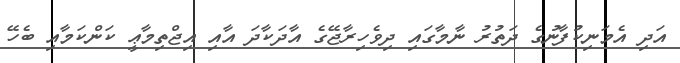
އަދި އެމަނިކުފާނުގެ ދަތުރު ނާމާގައި ދިވެހިރާޖޭގެ އާދަކާދަ އާއި އިޖްތިމާޢީ ކަންކަމާއި ބެހޭ